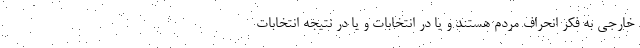
خارجی به فکر انحراف مردم هستند و یا در انتخابات و یا در نتیجه انتخابات